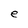
Character: e